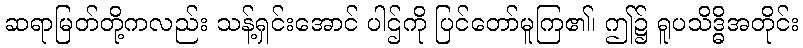
ဆရာမြတ်တို့ကလည်း သန့်ရှင်းအောင် ပါဌ်ကို ပြင်တော်မူကြ၏၊ ဤ၌ ရူပသိဒ္ဓိအတိုင်း